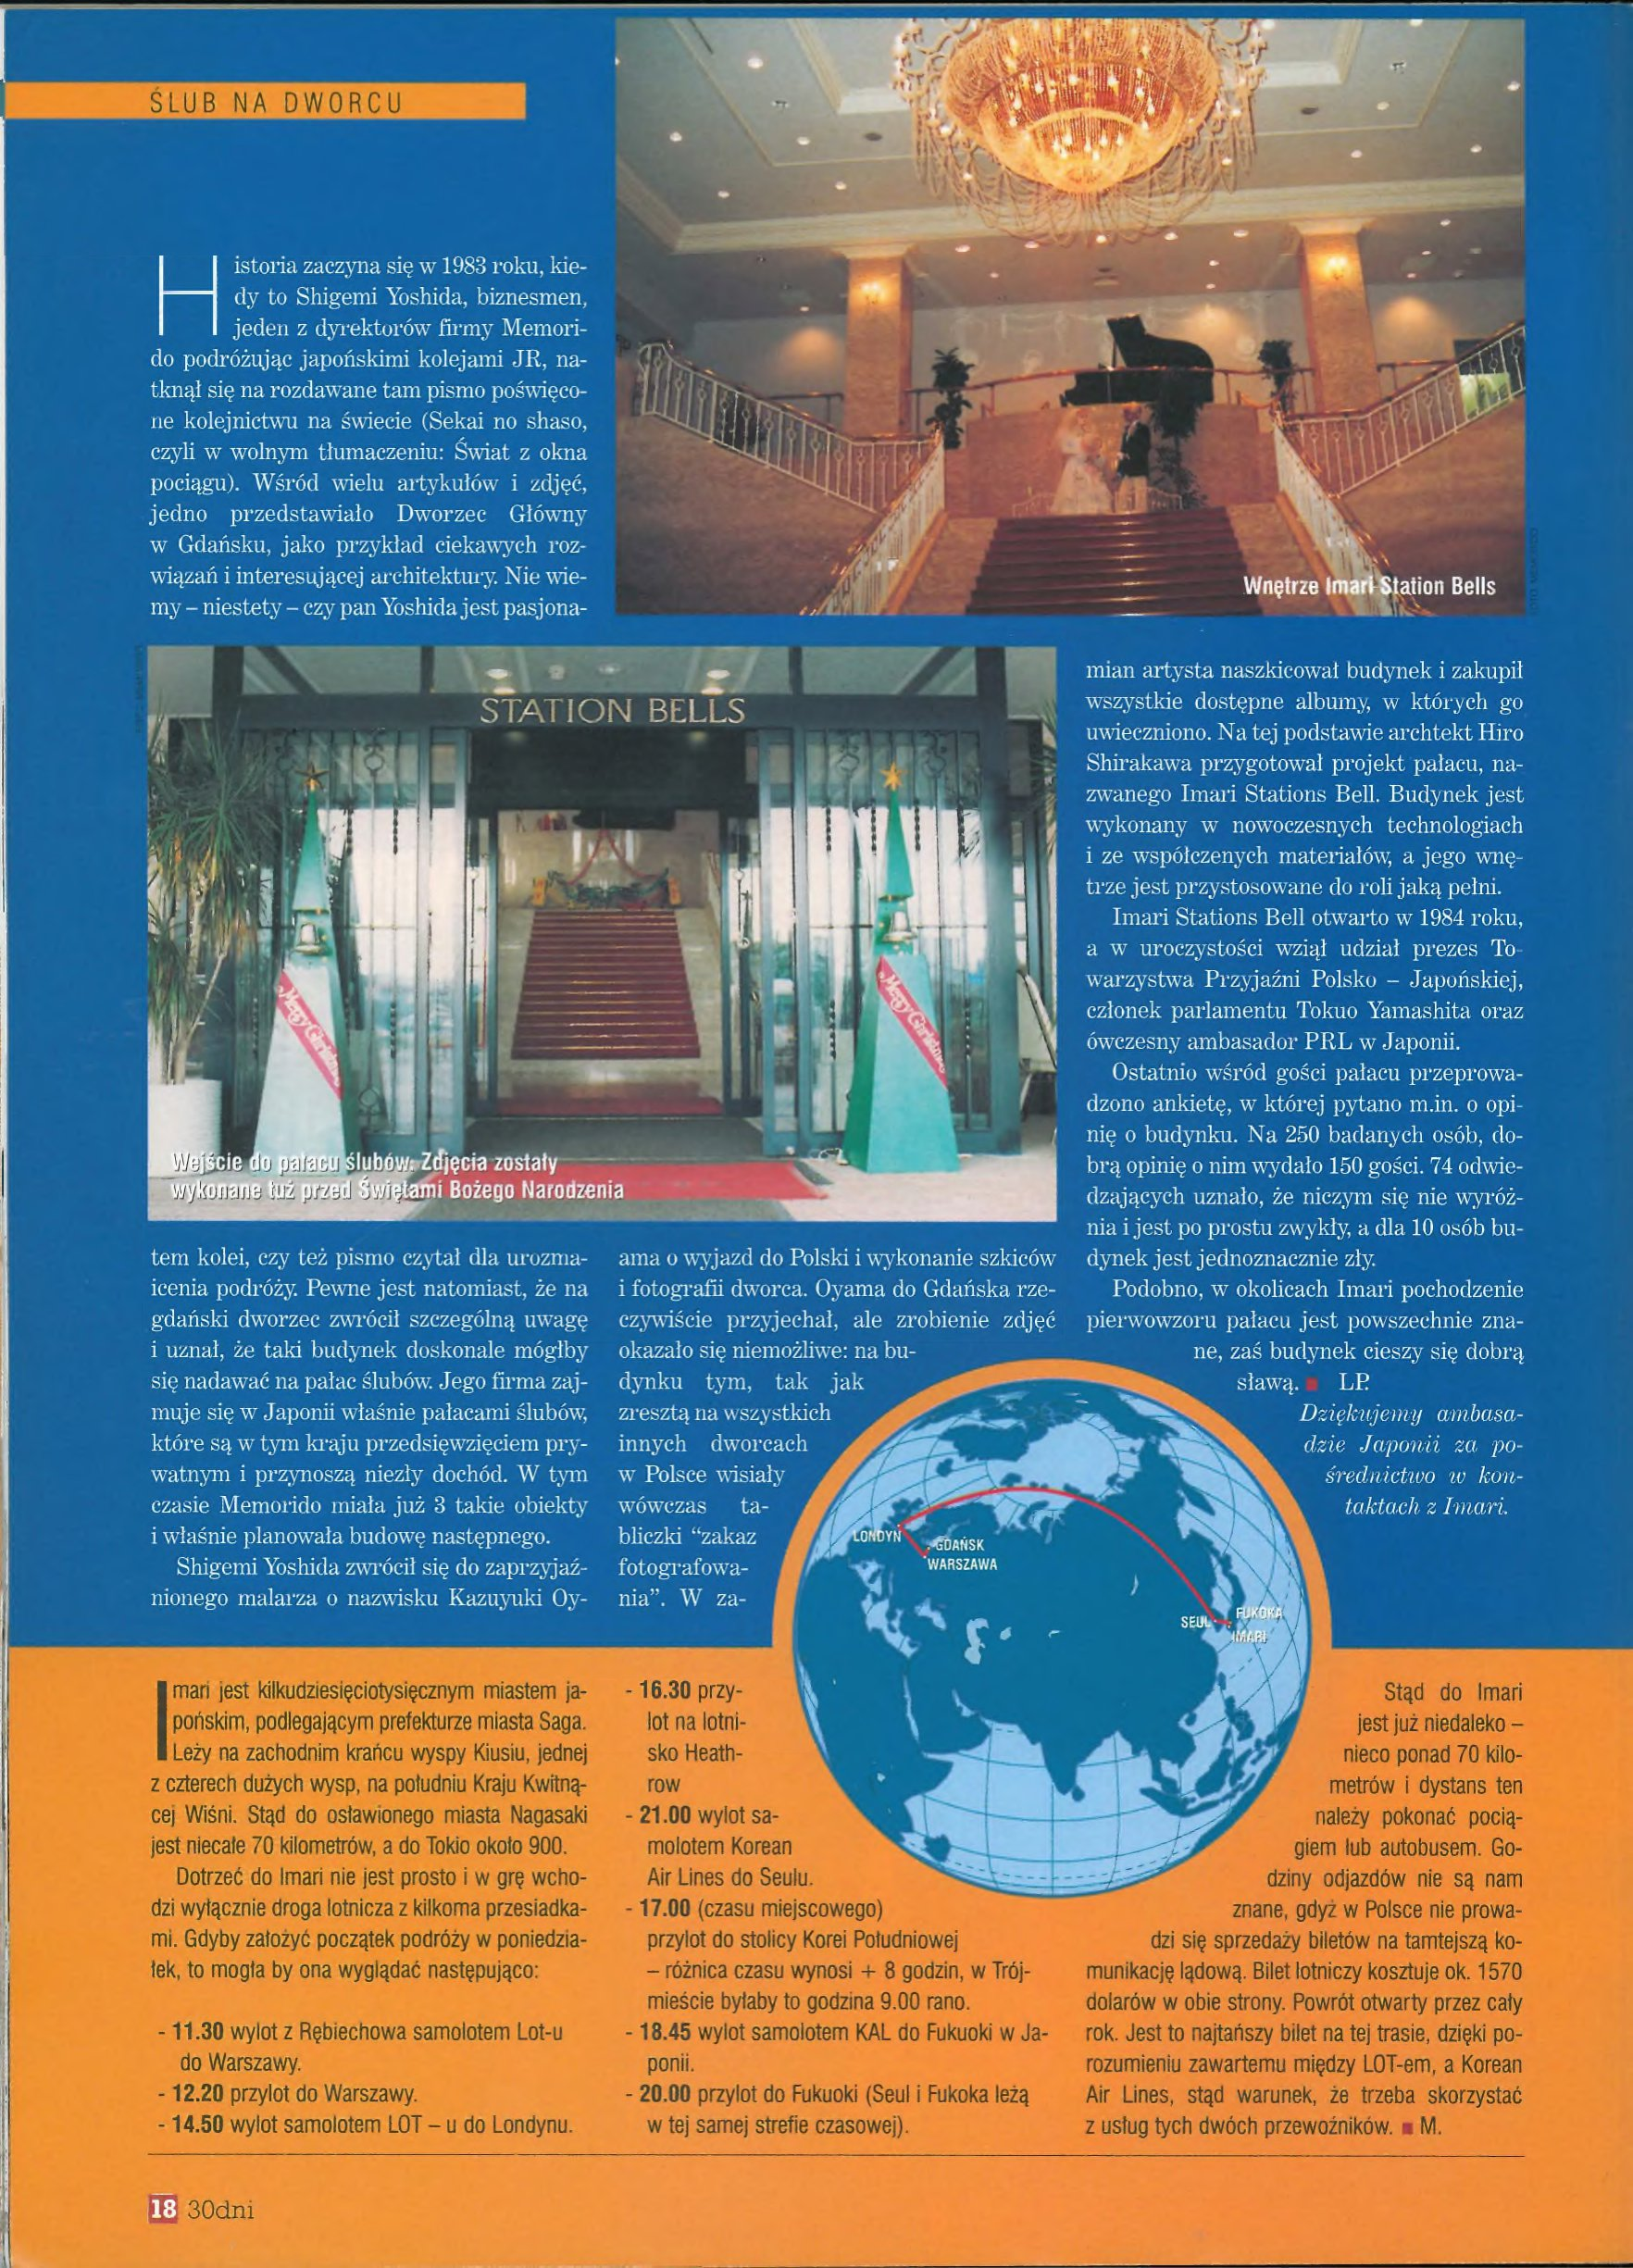
Language: pl